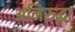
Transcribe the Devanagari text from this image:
अनिरुद्धा